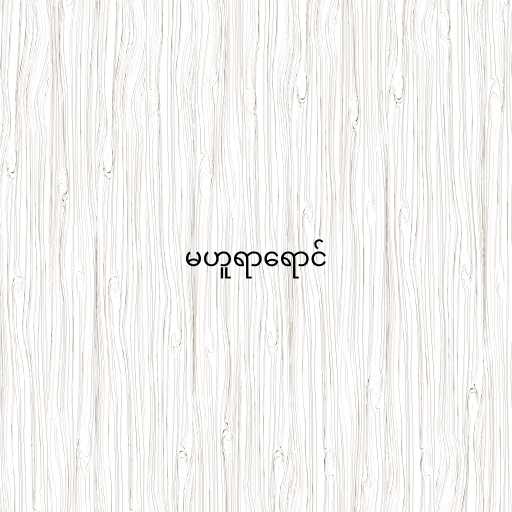
မဟူရာရောင်